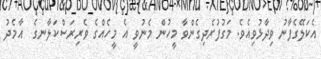
އެކަލޭގެފާނު ވިދާޅުވިއެވެ. މަގުފުރެދިގެންވާ މީހުން މެނުވީ އެ މީހެއްގެ ވެރިރަސްކަލާނގެ  އާމެދު